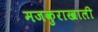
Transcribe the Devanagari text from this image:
मजकुराखाली